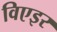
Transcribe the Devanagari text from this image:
विएइर